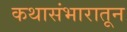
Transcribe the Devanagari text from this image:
कथासंभारातून